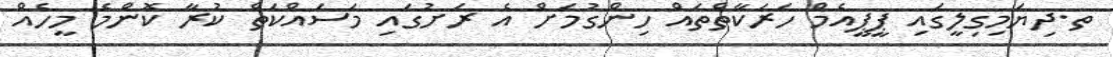
ތ.ދިޔަމިގިލީގައި ޕީޕީއެމް ހަރަކާތްތައް ހިންގުމަށް އެ ރަށުގައި މަސައްކަތް ކުރާ ކޮންމެ މީހެއް